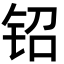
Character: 𬬿